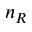
n _ { R }